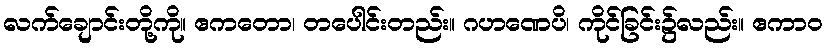
လက်ချောင်းတို့ကို။ ဧကတော၊ တပေါင်းတည်း။ ဂဟဏေပိ၊ ကိုင်ခြင်း၌လည်း။ ဧကာဝ